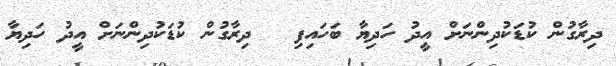
ދިރާގުން ކުޑަކުދިންނަށް އީދު ހަދިޔާ ބަހައިފި  	ދިރާގުން ކުޑަކުދިންނަށް އީދު ހަދިޔާ